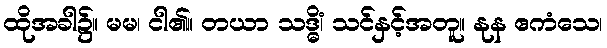
ထိုအခါ၌။ မမ၊ ငါ၏။ တယာ သဒ္ဓိံ၊ သင်နှင့်အတူ။ နုန ဧကံသေ၊